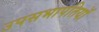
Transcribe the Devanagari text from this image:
उपसभापतियॉ